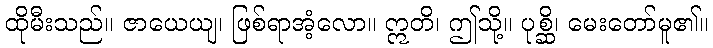
ထိုမီးသည်။ ဇာယေယျ၊ ဖြစ်ရာအံ့လော။ ဣတိ၊ ဤသို့။ ပုစ္ဆိ၊ မေးတော်မူ၏။